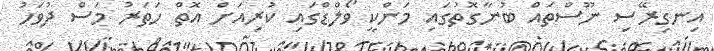
އިނގިރޭސި ނޫސްތައް ބުނާގޮތުގައި މަންކީ ވޯލްޑްގައި ކުރިއަށް އޮތް ހަތަރު މަސް ދުވަހު